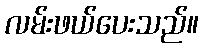
လမ်းဖယ်ပေးသည်။